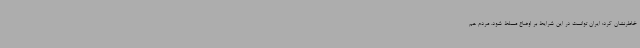
خاطرنشان کرد: ایران توانست در این شرایط بر اوضاع مسلط شود. مردم هم